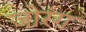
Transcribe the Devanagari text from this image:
जोरंग